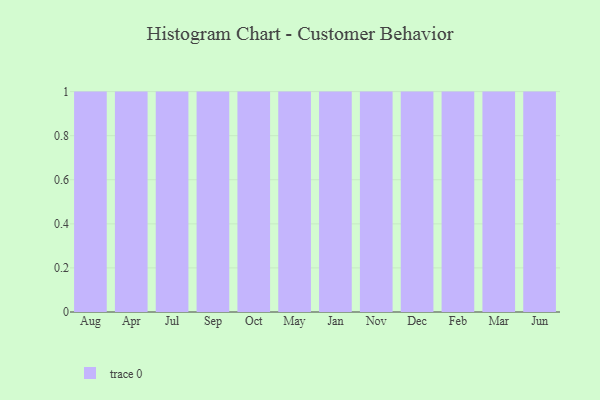
{"axis": {"x": "Month", "y": "Population (Million)"}, "legend": [""], "data": [{"x": "Aug", "y": 6, "type": ""}, {"x": "Apr", "y": 30, "type": ""}, {"x": "Jul", "y": 10, "type": ""}, {"x": "Sep", "y": 11, "type": ""}, {"x": "Oct", "y": 55, "type": ""}, {"x": "May", "y": 12, "type": ""}, {"x": "Jan", "y": 31, "type": ""}, {"x": "Nov", "y": 42, "type": ""}, {"x": "Dec", "y": 28, "type": ""}, {"x": "Feb", "y": 97, "type": ""}, {"x": "Mar", "y": 2, "type": ""}, {"x": "Jun", "y": 78, "type": ""}]}